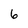
Character: 6